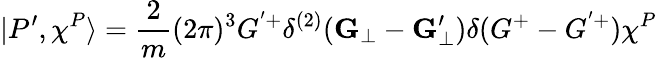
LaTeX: |P^{\prime},\chi^{P}\rangle=\frac{2}{m}(2\pi)^{3}G^{'+}\delta^{(2)}({\mathbf G}_{\bot}-{\mathbf G}_{\bot}^{\prime})\delta(G^{+}-G^{'+})\chi^{P}